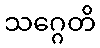
သဂ္ဂေတိ